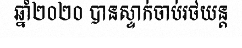
ឆ្នាំ២០២០ បានស្ទាក់ចាប់រថយន្ត